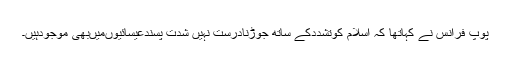
پوپ فرانس نے کہاتھا کہ اسلام کوتشددکے ساتھ جوڑنادرست نہیں شدت پسندعیسائیوںمیںبھی موجودہیں۔